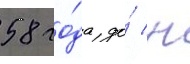
58 го́да до́ н